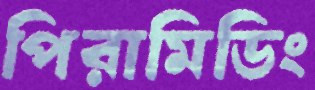
পিরামিডিং